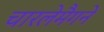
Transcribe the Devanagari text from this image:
चारलेमैगने